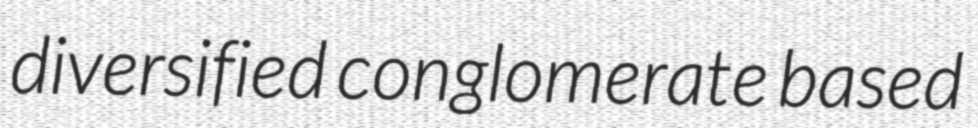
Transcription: diversified conglomerate based